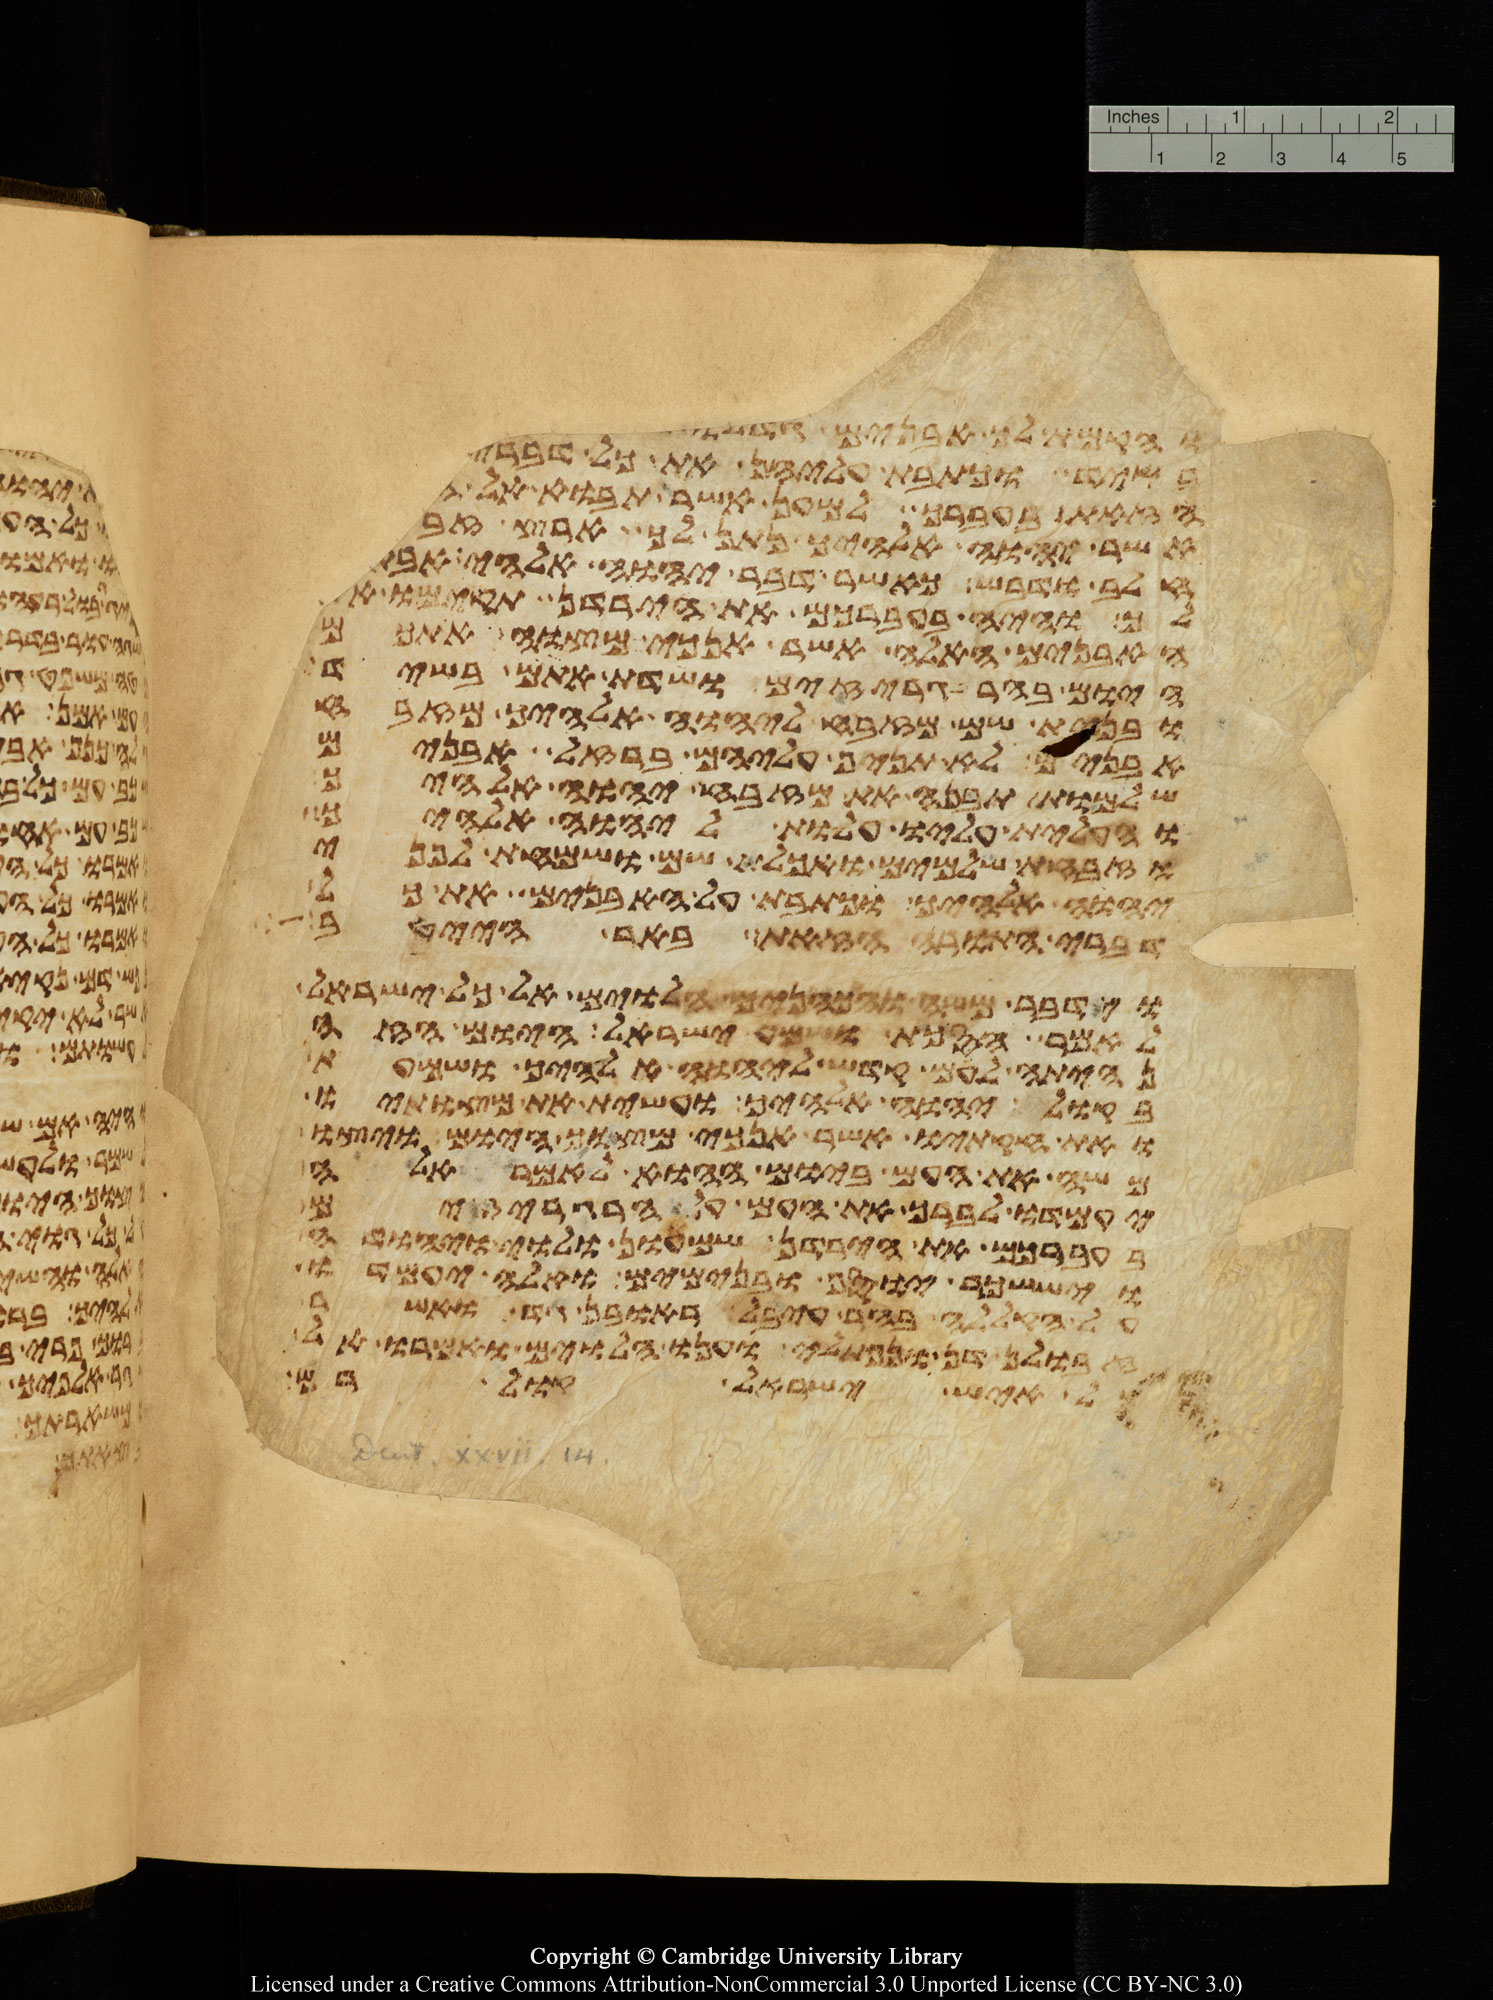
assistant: והקמת לך אבנים גדלות
בשיד וכתבת עליהן את כל דברי
הזאת בעברך למען אשר תבוא אל
אשר יהוה אלהיך נתן לך ארץ זבת
חלב ודבש כאשר דבר יהוה אלהי אבתיך
לך והיה בעברכם את הירדן תקימו את
האבנים האלה אשר אנכי מצוה אתכם
היום בהרגריזים ושדת אתם בשיד
ובנית שם מזבח ליהוה אלהיך מזבח
אבנים לא תניף עליהם ברזל אבנים
שלמות תבנה את מזבח יהוה אלהיך
והעלית עליו עלות ליהוה אלהיך
וזבחת שלמים ואכלת שם ושמחת לפני
יהוה אלהיך וכתבת על האבנים את כל
דברי התורה הזאת באר הייטב
וידבר משה והכהנים הלוים אל כל ישראל
לאמר הסכת ושמע ישראל היום הזה
נהית לעם קדש ליהוה אלהיך ושמעת
בקול יהוה אלהיך ועשית את מצותיו
ואת חקתיו אשר אנכי מצוך היום ויצו
משה את העם ביום ההוא לאמר אלה
יעמדו לברך את העם על הרגריזים
בעברכם את הירדן שמעון ולוי יהודה
ויששכר יוסף ובנימים ואלה יעמדו
על הקללה בהר עיבל ראובן גד ואשר
זבולן דן ונפתלי וענו הלוים ואמרו אל
איש ישראל קול